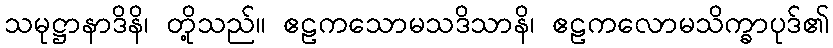
သမုဋ္ဌာနာဒိနိ၊ တို့သည်။ ဧဠကသောမသဒိသာနိ၊ ဧဠကလောမသိက္ခာပုဒ်၏